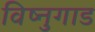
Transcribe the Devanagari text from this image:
विष्नुगाड